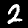
Digit: 2